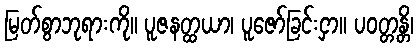
မြတ်စွာဘုရားကို။ ပူဇနတ္ထယာ၊ ပူဇော်ခြင်းငှာ။ ပဝတ္တန္တိ၊